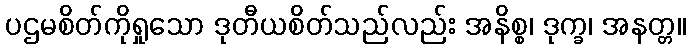
ပဌမစိတ်ကိုရှုသော ဒုတီယစိတ်သည်လည်း အနိစ္စ၊ ဒုက္ခ၊ အနတ္တ။